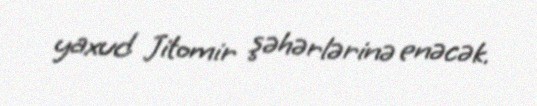
yaxud Jitomir şəhərlərinə enəcək.